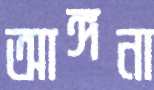
আঙ্গনা